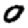
Digit: 0